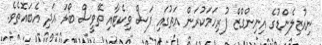
ނިއުޒިލެންޑުގެ އިނިންގްޒް ފުރިހަމަކުރަން އަތުގައި ފަސް ވިކެޓާއި ތޭވީސް ބޯޅަ އަދި އެބައޮތެވެ.